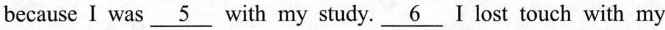
because I was \underline{5} with my study. \underline{6} I lost touch with my